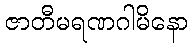
ဇာတီမရဏဂါမိနော